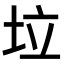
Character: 垃